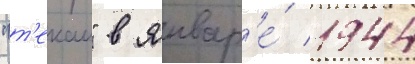
"т'екаи" в январ'е́ 1944